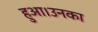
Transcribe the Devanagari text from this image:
हुआ।उनका